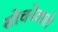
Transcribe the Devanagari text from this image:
सोचनेवाले